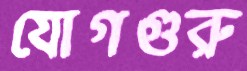
যোগগুরু